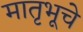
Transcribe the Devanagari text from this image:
मातृभूचे